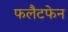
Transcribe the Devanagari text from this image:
फलैटफेन